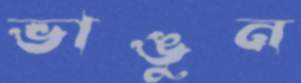
ভাঙুন